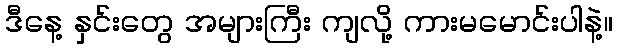
ဒီနေ့ နှင်းတွေ အများကြီး ကျလို့ ကားမမောင်းပါနဲ့။